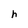
Character: h